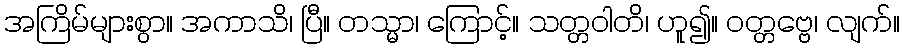
အကြိမ်များစွာ။ အကာသိ၊ ပြီ။ တသ္မာ၊ ကြောင့်။ သတ္တဝါတိ၊ ဟူ၍။ ဝတ္တဗ္ဗေ၊ လျက်။